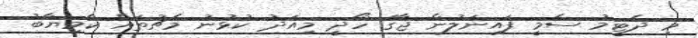
މި ދެޓީމު ސެމީ ފައިނަލުން ޖާގަ ހޯދީ މިއަދު ކުޅުނު މެޗުތައް ކާމިޔާބު